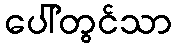
ပေါ်တွင်သာ